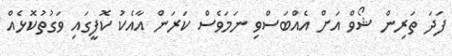
ފަދަ ތަރިން ޝޯވް އަށް އެއްބަސްވި ނަމަވެސް ކަރަން އާއެކު ކޮފީގައި ވަގުތުކޮޅެއް